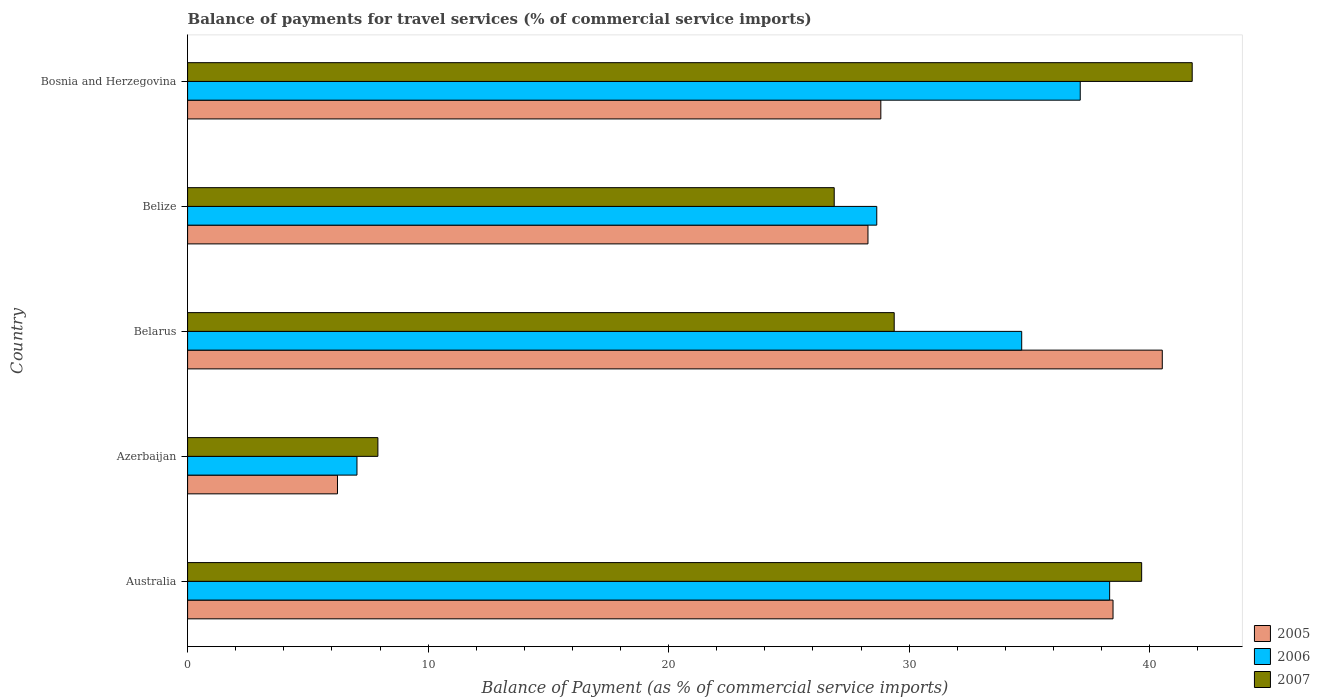
| Country | 2005 | 2006 | 2007 |
 | --- | --- | --- | --- |
 | Australia | 38.5 | 38.3 | 39.7 |
 | Azerbaijan | 6.23 | 7.04 | 7.91 |
 | Belarus | 40.5 | 34.7 | 29.4 |
 | Belize | 28.3 | 28.7 | 26.9 |
 | Bosnia and Herzegovina | 28.8 | 37.1 | 41.8 |